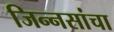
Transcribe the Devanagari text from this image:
जिन्नसांचा